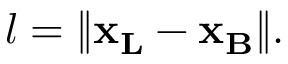
l = \lVert { \bf x _ { L } } - { \bf x _ { B } } \rVert .